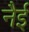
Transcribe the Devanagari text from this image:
नैई